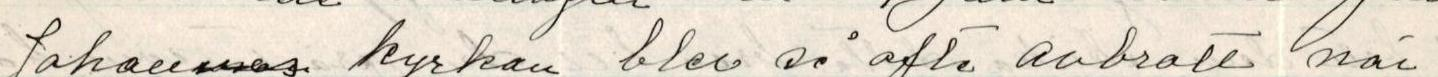
Johannes kyrkan blev så ofta avbrott när